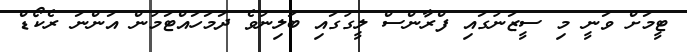
ޓީމަށް ވަނީ މި ސީޒަނުގައި ފްރާންސް ލީގުގައި ބަލިނުވެ ދަމަހައްޓަމުން އަންނަ ރެކޯޑް